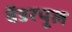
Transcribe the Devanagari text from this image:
वेंडरपूल